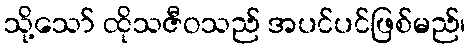
သို့သော် ထိုသဇီဝသည် အပင်ပင်ဖြစ်မည်၊